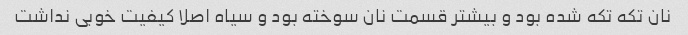
نان تکه تکه شده بود و بیشتر قسمت نان سوخته بود و سیاه اصلا کیفیت خوبی نداشت